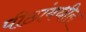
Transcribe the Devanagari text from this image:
पीठांमधील